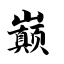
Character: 巅